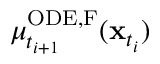
\mu _ { t _ { i + 1 } } ^ { \mathrm { O D E , F } } ( \mathbf { x } _ { t _ { i } } )